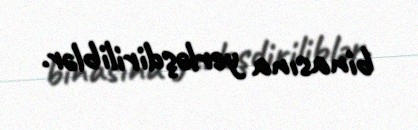
binasına yerləşdiriliblər.